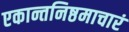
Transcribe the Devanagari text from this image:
एकान्तनिष्ठमाचारं